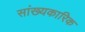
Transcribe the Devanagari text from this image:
सांख्यकारिक